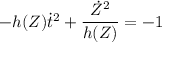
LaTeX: - h ( Z ) \dot { t } ^ { 2 } + \frac { \dot { Z } ^ { 2 } } { h ( Z ) } = - 1